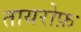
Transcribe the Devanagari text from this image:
तायरोफ़